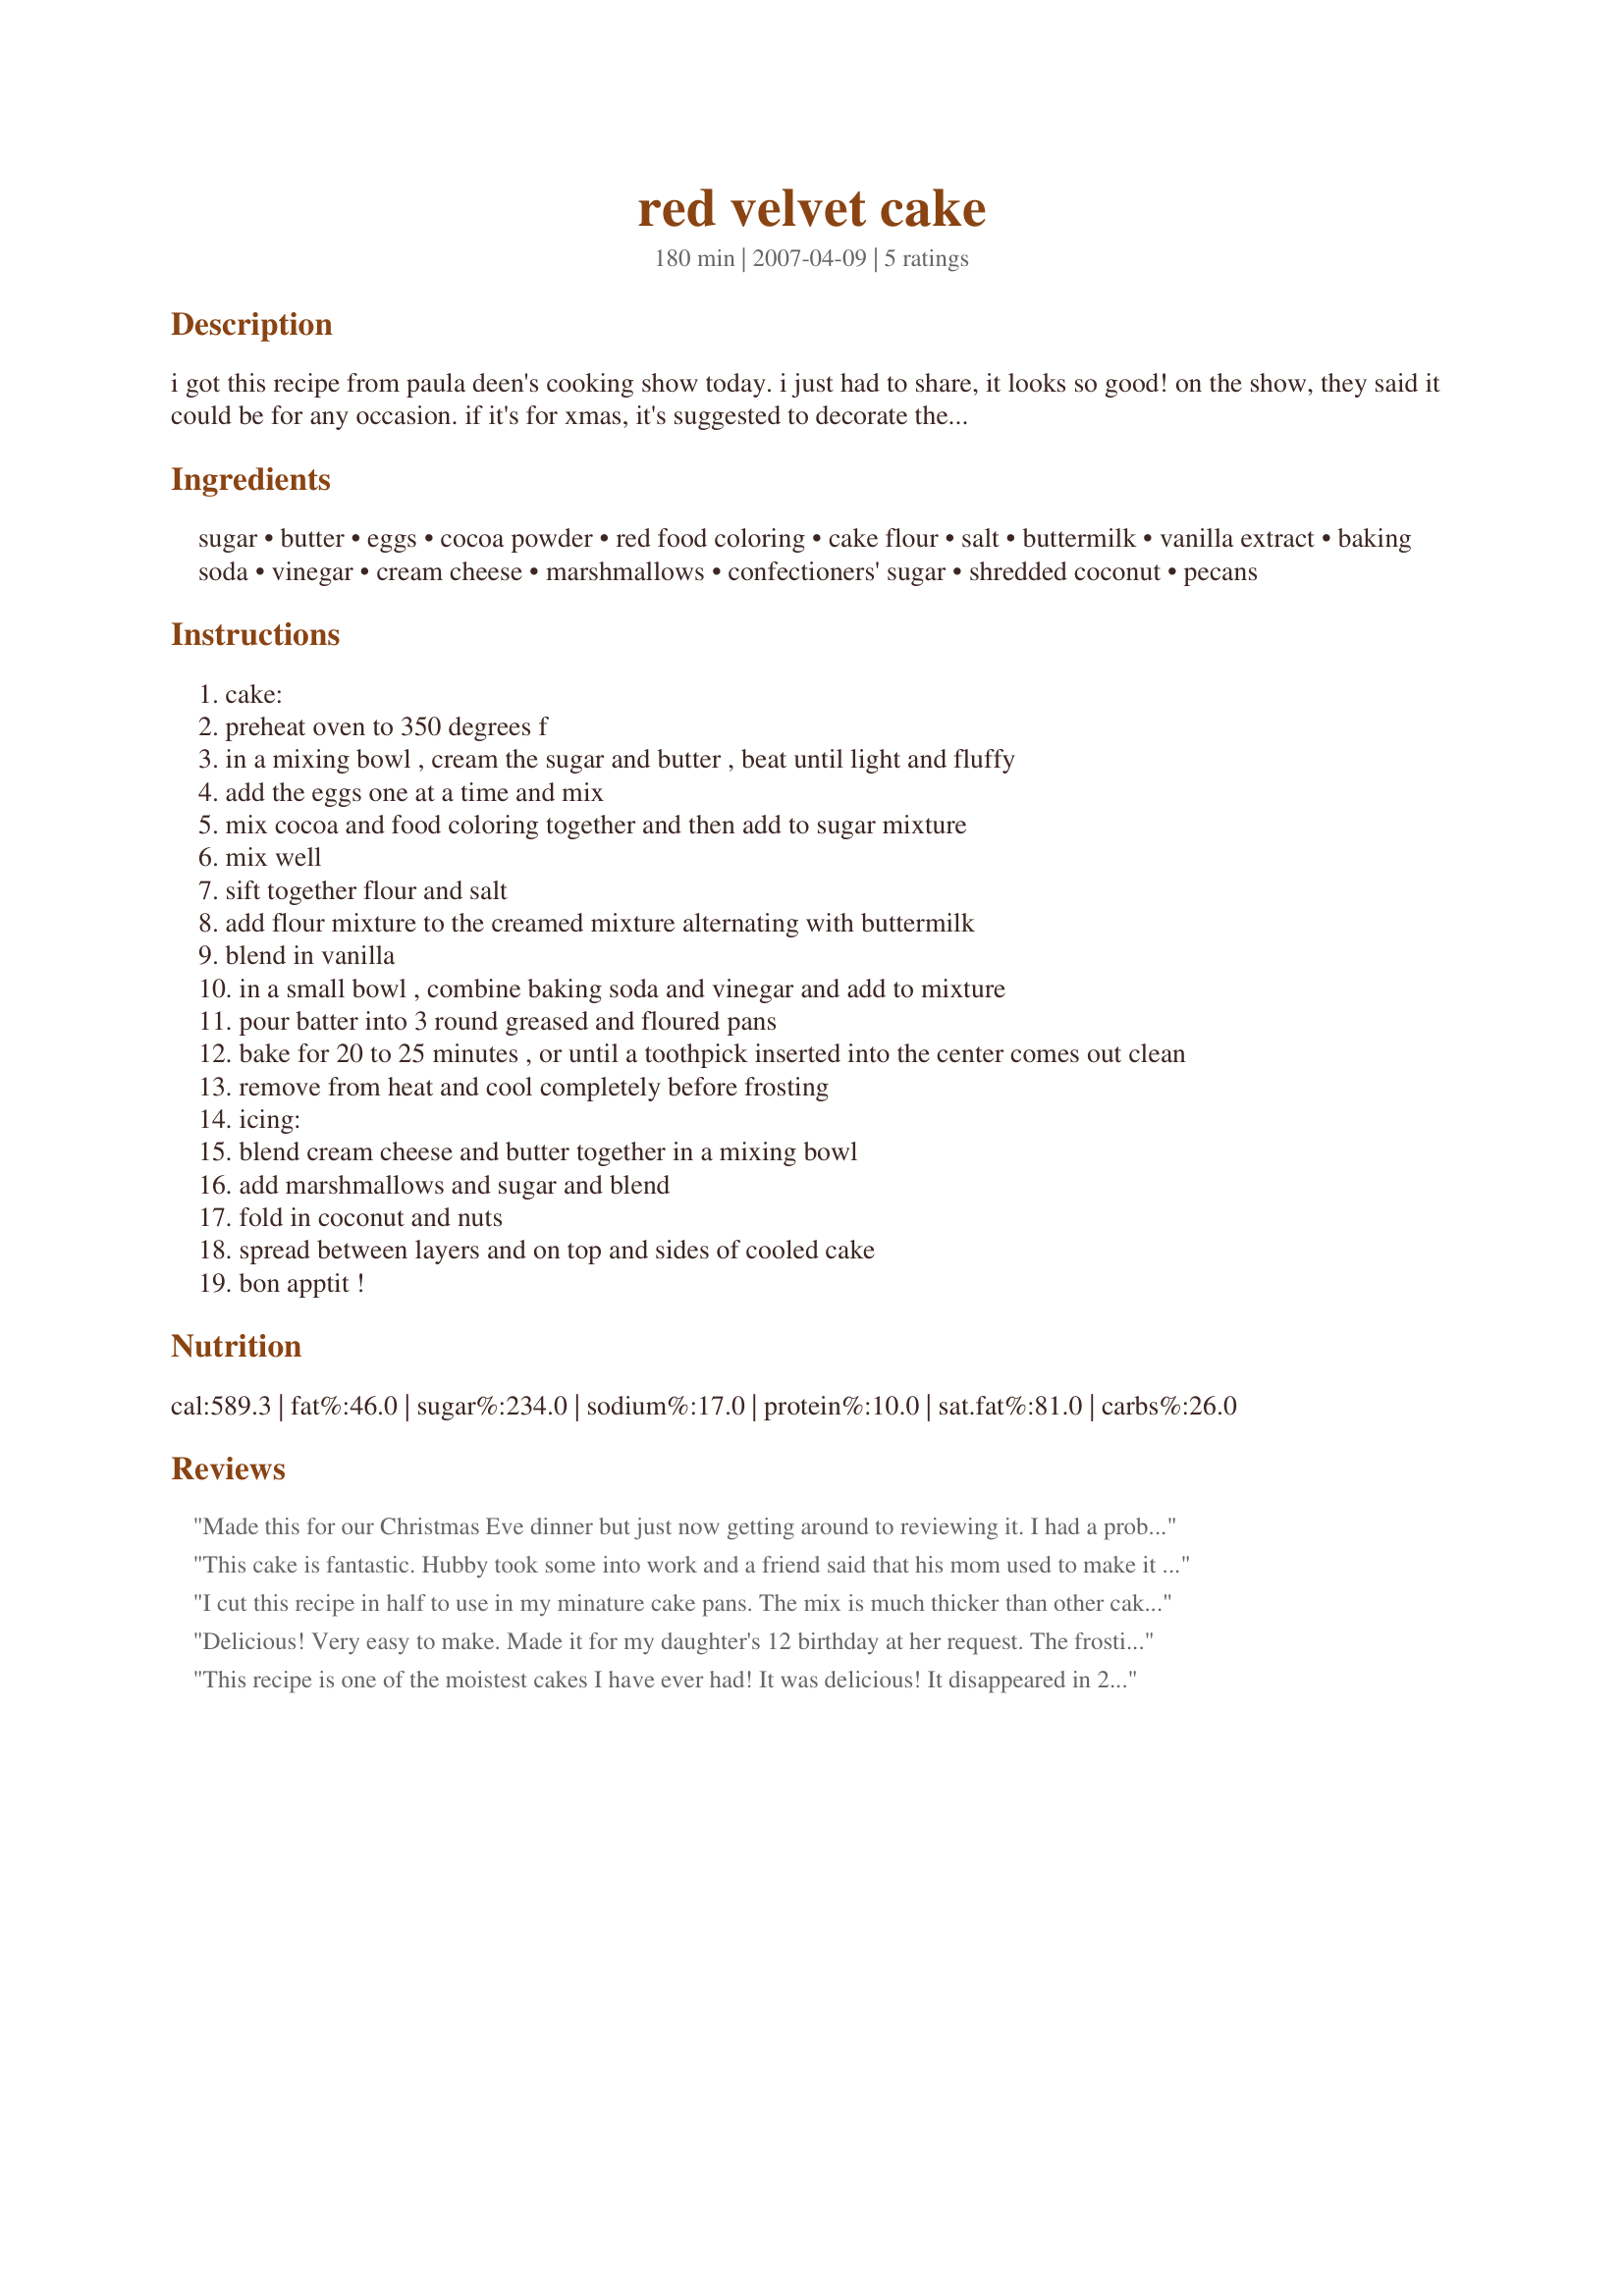
red velvet cake
Preparation time: 180 minutes

i got this recipe from paula deen's cooking show today. i just had to share, it looks so good! on the show, they said it could be for any occasion. if it's for xmas, it's suggested to decorate the top with hollies.

Ingredients:
sugar, butter, eggs, cocoa powder, red food coloring, cake flour, salt, buttermilk, vanilla extract, baking soda, vinegar, cream cheese, marshmallows, confectioners' sugar, shredded coconut, pecans

Steps:
cake:
preheat oven to 350 degrees f
in a mixing bowl , cream the sugar and butter , beat until light and fluffy
add the eggs one at a time and mix
mix cocoa and food coloring together and then add to sugar mixture
mix well
sift together flour and salt
add flour mixture to the creamed mixture alternating with buttermilk
blend in vanilla
in a small bowl , combine baking soda and vinegar and add to mixture
pour batter into 3 round greased and floured pans
bake for 20 to 25 minutes , or until a toothpick inserted into the center comes out clean
remove from heat and cool completely before frosting
icing:
blend cream cheese and butter together in a mixing bowl
add marshmallows and sugar and blend
fold in coconut and nuts
spread between layers and on top and sides of cooled cake
bon apptit !

Reviews:
Made this for our Christmas Eve dinner but just now getting around to reviewing it. I had a problem (my own) with frosting the layers and it came out kind of cock-eyed, and not real pretty (so no picture taken) but OMG was it good. I almost didn't put it on the table as it looked so funny, but have to say with a buffet full of deserts, this went first and the comments where outstanding. It really went together easy by following the directions exactly and if I was a better decorater would have been gorgeous. Loved the bright red color with the cream cheese frosting. As I get better with my own technique w/frosting it'll be pretty too. I'll be making this again as LOVED all the positive comments I got on it. Thanks WildCook for a wonderful recipe.
This cake is fantastic. Hubby took some into work and a friend said that his mom used to make it for him but hasnt had any for years. The coconut and pecans ad a good crunch texture to it
I cut this recipe in half to use in my minature cake pans. The mix is much thicker than other cake mixes but tastes great. Your kiddies will want to lick the batter bowl. I cheated and bought icing instead of make my own. I will definately make this again. Absolutely delicious!
Delicious! Very easy to make. Made it for my daughter's 12 birthday at her request. The frosting is too die for. My daughter doesn't like coconut and my husband as nut allergies so we left both of those out and it was still delicious. Can't wait to make it again.
This recipe is one of the moistest cakes I have ever had! It was delicious! It disappeared in 2 days from my house and I only had one piece. I only have 2 9 inch pans but I am going to go find some 8 inch pans so I can make it into 3 layers next time.
